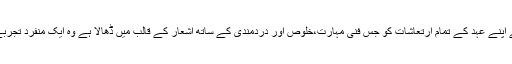
انھوں نے اپنی ظریفانہ شاعری کے ذریعے اپنے عہد کے تمام ارتعاشات کو جس فنی مہارت،خلوص اور دردمندی کے ساتھ اشعار کے قالب میں ڈھالا ہے وہ ایک منفرد تجربے کی حیثیت سے ہمیشہ یاد رکھا جائے گا۔